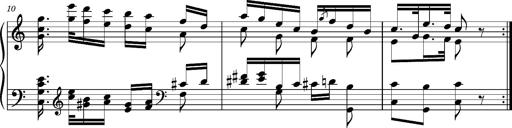
Title: Ungarischer Romanzero
Composer: Franz Liszt